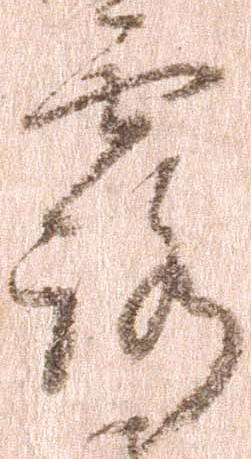
露